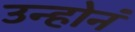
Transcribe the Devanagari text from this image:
उन्होनं